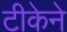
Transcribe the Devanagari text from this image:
टीकेने